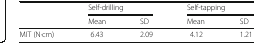
<table><thead><tr><td rowspan="2"></td><td colspan="2"><b>Self-drilling</b></td><td colspan="2"><b>Self-tapping</b></td></tr><tr><td><b>Mean</b></td><td><b>SD</b></td><td><b>Mean</b></td><td><b>SD</b></td></tr></thead><tbody><tr><td>MIT (N·cm)</td><td>6.43</td><td>2.09</td><td>4.12</td><td>1.21</td></tr></tbody></table>